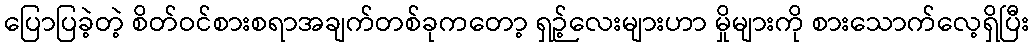
ပြောပြခဲ့တဲ့ စိတ်ဝင်စားစရာအချက်တစ်ခုကတော့ ရှဉ့်လေးများဟာ မှိုများကို စားသောက်လေ့ရှိပြီး